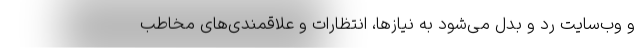
و وب‌سایت رد و بدل می‌شود به نیازها، انتظارات و علاقمندی‌های مخاطب